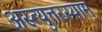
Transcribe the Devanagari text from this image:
अस्त्युत्तरस्याम्